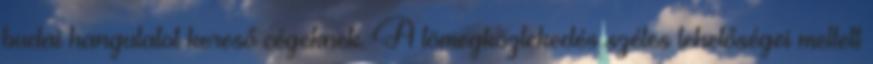
budai hangulatot kereső cégeknek. A tömegközlekedés széles lehetőségei mellett